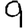
Digit: 9